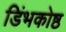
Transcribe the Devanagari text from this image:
डिंभकोष्ठ